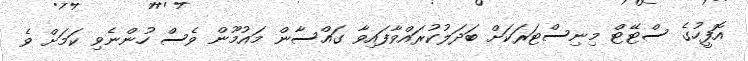
އޮފީހުގެ ސްޓޭޓް މިނިސްޓަރަކަށް ބަދަލުކުރައްވާފައިވާ ގައްސާން މައުމޫން ވެސް ހުންނެވި ކަމަށް ވެ